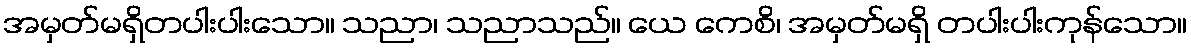
အမှတ်မရှိတပါးပါးသော။ သညာ၊ သညာသည်။ ယေ ကေစိ၊ အမှတ်မရှိ တပါးပါးကုန်သော။